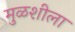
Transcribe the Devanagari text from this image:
मुळशीला